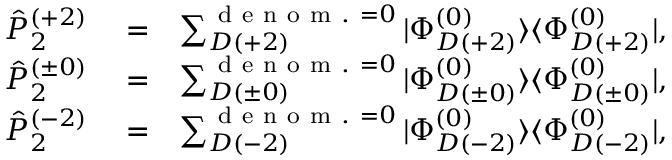
\begin{array} { r l r } { \hat { P } _ { 2 } ^ { ( + 2 ) } } & { { } = } & { \sum _ { D ( + 2 ) } ^ { { \mathrm { ~ d ~ e ~ n ~ o ~ m ~ . ~ } = 0 } } | \Phi _ { D ( + 2 ) } ^ { ( 0 ) } \rangle \langle \Phi _ { D ( + 2 ) } ^ { ( 0 ) } | , } \\ { \hat { P } _ { 2 } ^ { ( \pm 0 ) } } & { { } = } & { \sum _ { D ( \pm 0 ) } ^ { { \mathrm { ~ d ~ e ~ n ~ o ~ m ~ . ~ } = 0 } } | \Phi _ { D ( \pm 0 ) } ^ { ( 0 ) } \rangle \langle \Phi _ { D ( \pm 0 ) } ^ { ( 0 ) } | , } \\ { \hat { P } _ { 2 } ^ { ( - 2 ) } } & { { } = } & { \sum _ { D ( - 2 ) } ^ { { \mathrm { ~ d ~ e ~ n ~ o ~ m ~ . ~ } = 0 } } | \Phi _ { D ( - 2 ) } ^ { ( 0 ) } \rangle \langle \Phi _ { D ( - 2 ) } ^ { ( 0 ) } | , } \end{array}